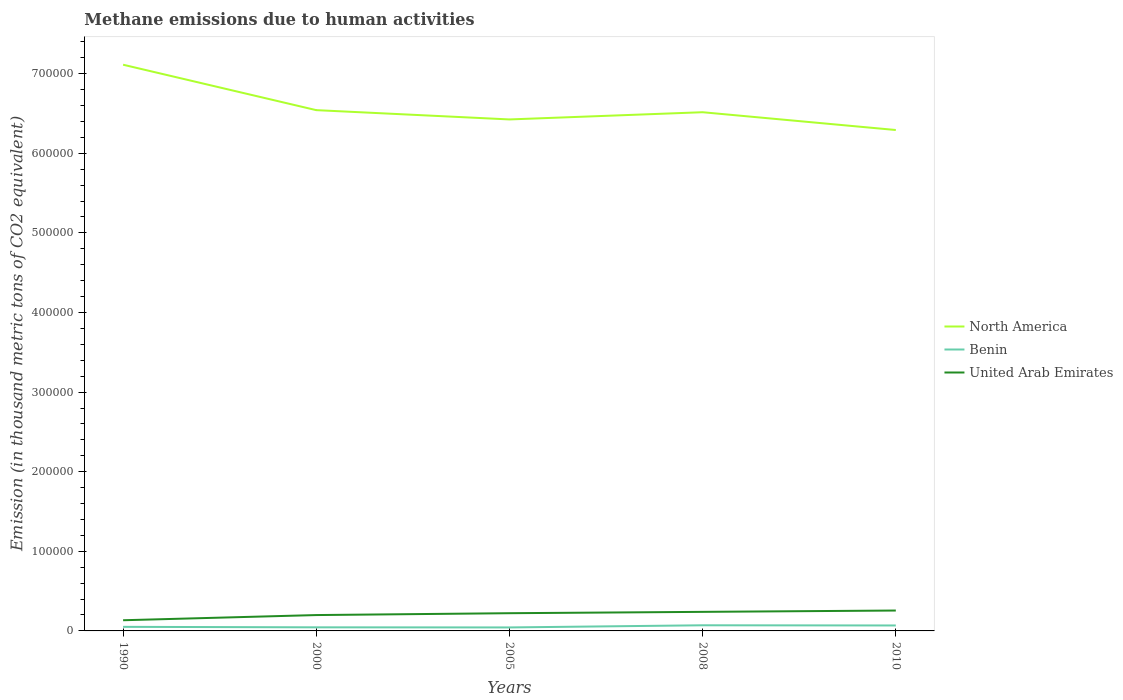
| Years | North America | Benin | United Arab Emirates |
 | --- | --- | --- | --- |
 | 1990 | 7.11e+05 | 5.12e+03 | 1.34e+04 |
 | 2000 | 6.54e+05 | 4.5e+03 | 1.99e+04 |
 | 2005 | 6.42e+05 | 4.38e+03 | 2.23e+04 |
 | 2008 | 6.52e+05 | 7.09e+03 | 2.39e+04 |
 | 2010 | 6.29e+05 | 6.85e+03 | 2.56e+04 |